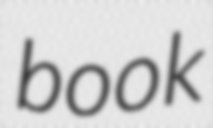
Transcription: book